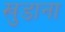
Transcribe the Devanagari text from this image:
खुडाना